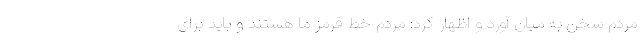
مردم سخن به میان آورد و اظهار کرد: مردم خط قرمز ما هستند و باید برای